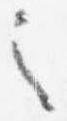
之